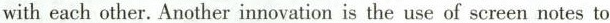
with each other. Another innovation is the use of screen notes to